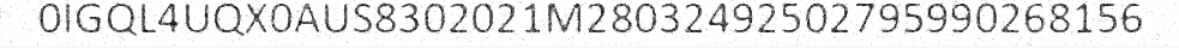
0IGQL4UQX0AUS8302021M28032492502795990268156